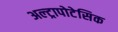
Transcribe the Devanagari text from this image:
अल्ट्रापोटेसिक